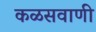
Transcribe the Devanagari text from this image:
कळसवाणी